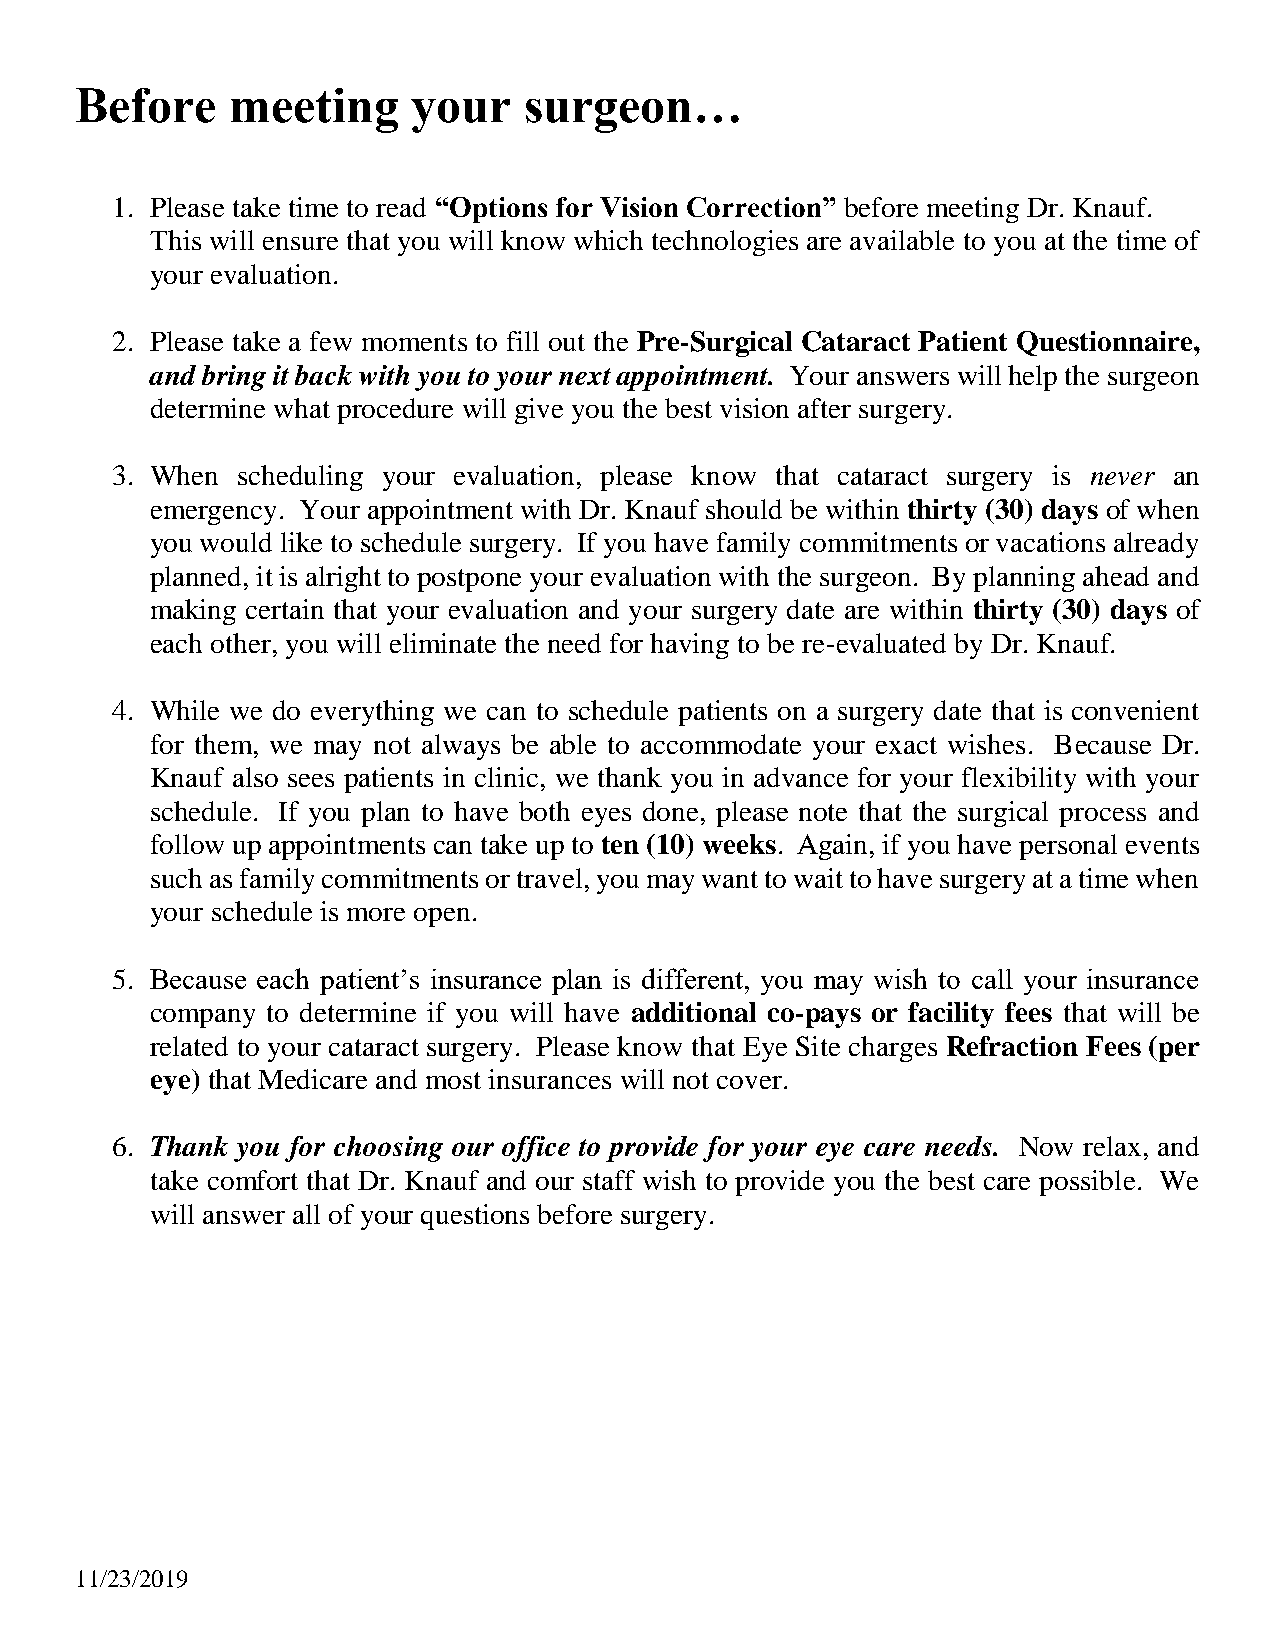
Before    meeting     your    surgeon…
 1. Please take time to read “Options for Vision Correction” before meeting Dr. Knauf.
 This will ensure that you will know which technologies are available to you at the time of
 your evaluation.
 2. Please take a few moments to fill out the Pre-Surgical Cataract Patient Questionnaire,
 and bring it back with you to your next appointment. Your answers will help the surgeon
 determine what procedure will give you the best vision after surgery.
 3. When  scheduling your evaluation, please know that cataract surgery is never an
 emergency. Your appointment with Dr. Knauf should be within thirty (30) days of when
 you would like to schedule surgery. If you have family commitments or vacations already
 planned, it is alright to postpone your evaluation with the surgeon. By planning ahead and
 making certain that your evaluation and your surgery date are within thirty (30) days of
 each other, you will eliminate the need for having to be re-evaluated by Dr. Knauf.
 4. While we do everything we can to schedule patients on a surgery date that is convenient
 for them, we may not always be able to accommodate your exact wishes. Because Dr.
 Knauf also sees patients in clinic, we thank you in advance for your flexibility with your
 schedule. If you plan to have both eyes done, please note that the surgical process and
 follow up appointments can take up to ten (10) weeks. Again, if you have personal events
 such as family commitments or travel, you may want to wait to have surgery at a time when
 your schedule is more open.
 5. Because each patient’s insurance plan is different, you may wish to call your insurance
 company to determine if you will have additional co-pays or facility fees that will be
 related to your cataract surgery. Please know that Eye Site charges Refraction Fees (per
 eye) that Medicare and most insurances will not cover.
 6. Thank you for choosing our office to provide for your eye care needs. Now relax, and
 take comfort that Dr. Knauf and our staff wish to provide you the best care possible. We
 will answer all of your questions before surgery.
 11/23/2019